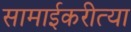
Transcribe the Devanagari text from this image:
सामाईकरीत्या